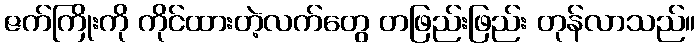
ဇက်ကြိုးကို ကိုင်ထားတဲ့လက်တွေ တဖြည်းဖြည်း တုန်လာသည်။